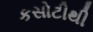
કસોટીથી